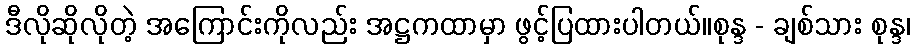
ဒီလိုဆိုလိုတဲ့ အကြောင်းကိုလည်း အဋ္ဌကထာမှာ ဖွင့်ပြထားပါတယ်။စုန္ဒ - ချစ်သား စုန္ဒ၊